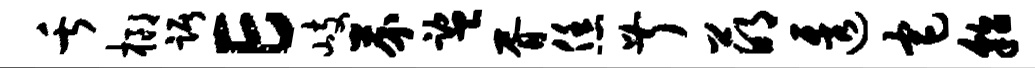
舌榔踞E岐芥监胥恁叔萌透宅貂